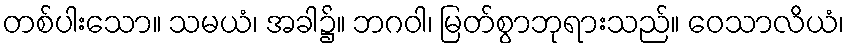
တစ်ပါးသော။ သမယံ၊ အခါ၌။ ဘဂဝါ၊ မြတ်စွာဘုရားသည်။ ဝေသာလိယံ၊